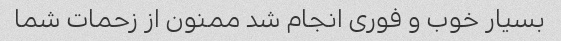
بسیار خوب و فوری انجام شد ممنون از زحمات شما